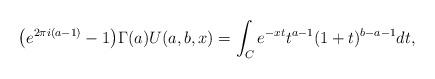
LaTeX: \begin{gather*} \big(e^{2\pi i(a-1)}-1\big)\Gamma(a)U(a,b,x)=\int_C e^{-xt}t^{a-1}(1+t)^{b-a-1} dt ,\end{gather*}